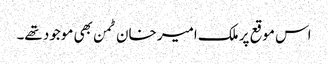
اس موقع پر ملک امیر خان ٹمن بھی موجود تھے۔